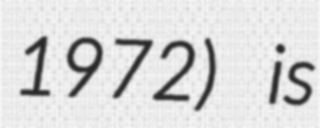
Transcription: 1972) is